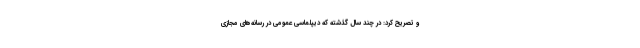
و تصریح کرد: در چند سال گذشته که دیپلماسی عمومی در رسانه‌های مجازی